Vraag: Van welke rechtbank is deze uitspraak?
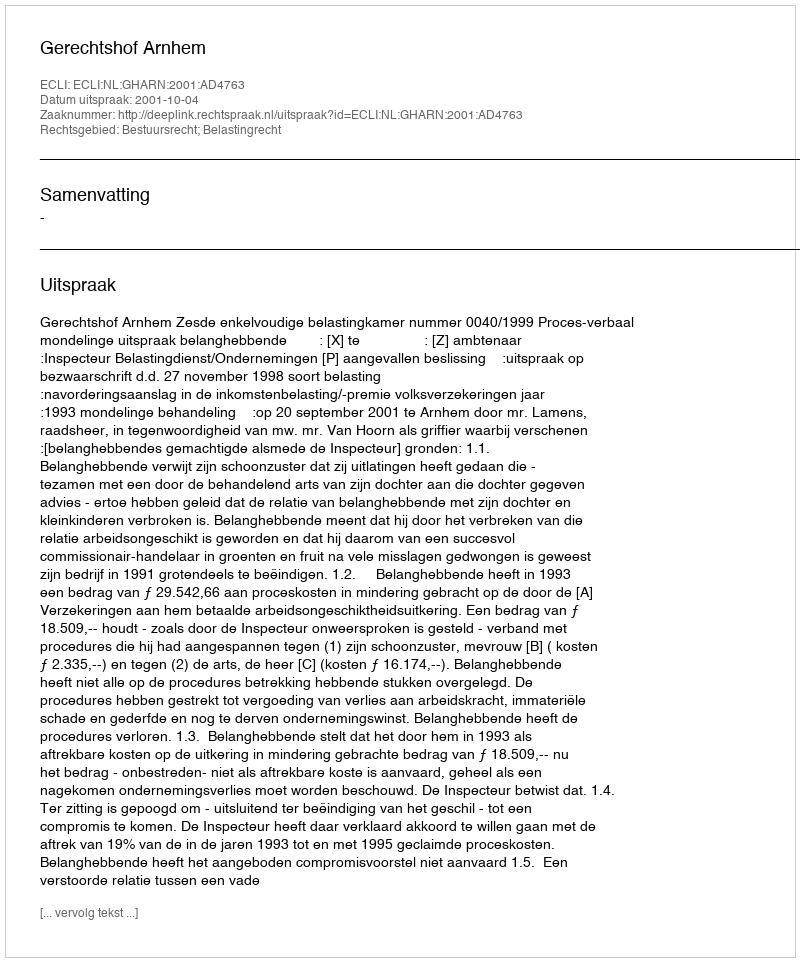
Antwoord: Gerechtshof Arnhem